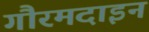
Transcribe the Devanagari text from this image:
गौरमदाइन